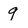
Character: 9